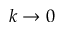
k \to 0